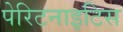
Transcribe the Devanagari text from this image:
पेरिटनाइटिस